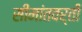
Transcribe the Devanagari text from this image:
सीमांतवर्ती